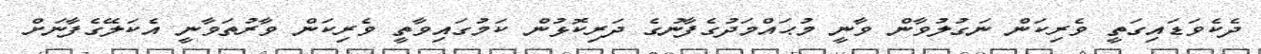
ދެކެވަޑައިގަތީ ވެރިކަން ނަގުލުވާން ވާނީ މުޙައްމަދުގެފާނުގެ ދަރިކޮޅުން ކަމުގައިވާތީ ވެރިކަން ވާރުތަވާނީ އެކަލޭގެފާނަށް